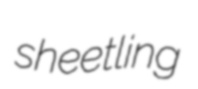
sheetling